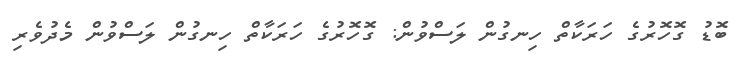
ބޮޑު ގޮހޮރުގެ ހަރަކާތް ހިނގުން ލަސްވުން: ގޮހޮރުގެ ހަރަކާތް ހިނގުން ލަސްވުން މެދުވެރި